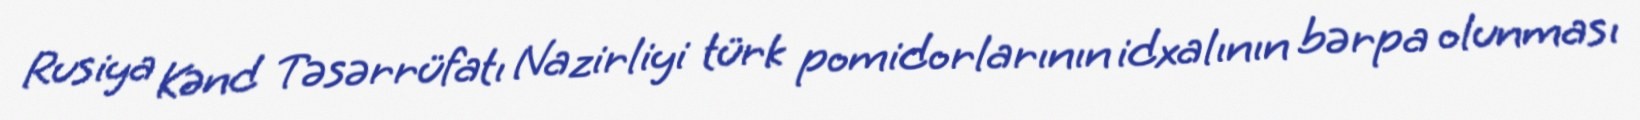
Rusiya Kənd Təsərrüfatı Nazirliyi türk pomidorlarının idxalının bərpa olunması